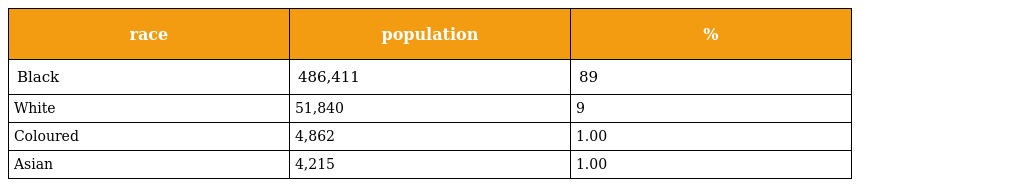
| race | population | % |
 | --- | --- | --- |
 | Black | 486,411 | 89 |
 | White | 51,840 | 9 |
 | Coloured | 4,862 | 1.00 |
 | Asian | 4,215 | 1.00 |